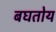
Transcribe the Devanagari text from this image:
बघतोय